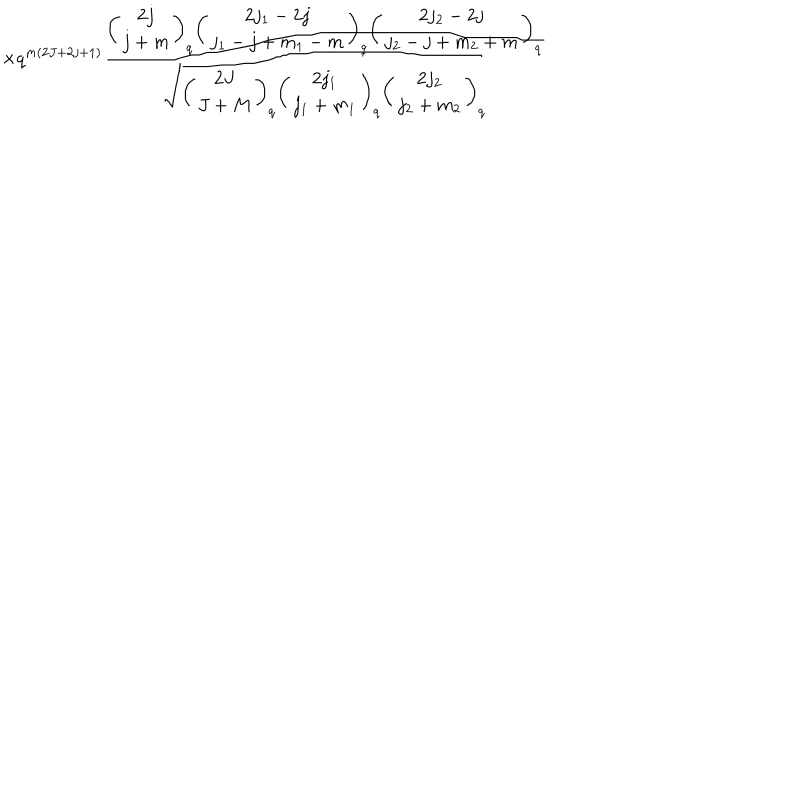
\times q ^ { m ( 2 J + 2 j + 1 ) } \frac { \left( \begin{array} { c } { { 2 j } } \\ { { j + m } } \\ \end{array} \right) _ { q } \left( \begin{array} { c } { { 2 j _ { 1 } - 2 j } } \\ { { j _ { 1 } - j + m _ { 1 } - m } } \\ \end{array} \right) _ { q } \left( \begin{array} { c } { { 2 j _ { 2 } - 2 j } } \\ { { j _ { 2 } - j + m _ { 2 } + m } } \\ \end{array} \right) _ { q } } { \sqrt { \left( \begin{array} { c } { { 2 J } } \\ { { J + M } } \\ \end{array} \right) _ { q } \left( \begin{array} { c } { { 2 j _ { 1 } } } \\ { { j _ { 1 } + m _ { 1 } } } \\ \end{array} \right) _ { q } \left( \begin{array} { c } { { 2 j _ { 2 } } } \\ { { j _ { 2 } + m _ { 2 } } } \\ \end{array} \right) _ { q } } }